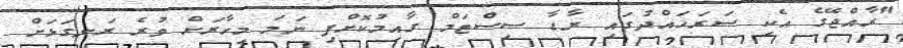
"ރާއްޖޭގެ އެކި ސަރަހައްދުގައި ރާޑާ ސިސްޓަމް ގާއިމުކޮށްފި ނަމަ މިހާރަށް ވުރެ ރަނގަޅަށް